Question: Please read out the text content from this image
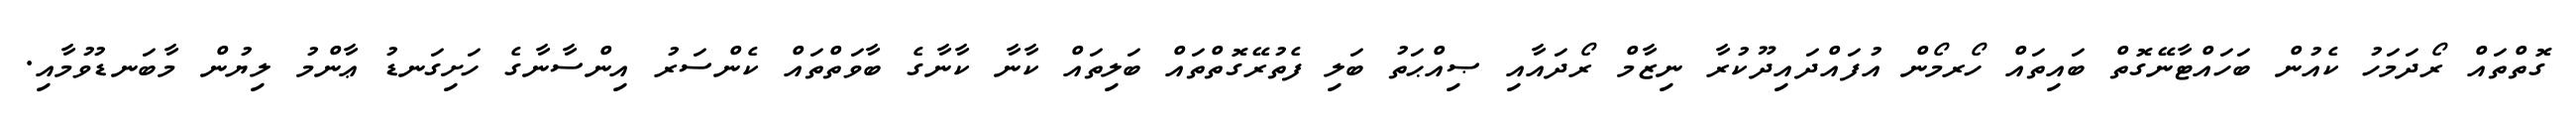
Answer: ގޮތްތައް ރޯދަމަހު ކެއުން ބަހައްޓާނޭގޮތް ބައިތައް ހޯރމޯން އުފައްދައިދޫކުރާ ނިޒާމް ރޯދައާއި ޞިއްޙަތު ބަލި ފެތުރޭގޮތްތައް ބަލިތައް ކާނާ ކާނާގެ ބާވަތްތައް ކެންސަރު އިންސާނާގެ ހަށިގަނޑު ޢާންމު ލިޔުން މާބަނޑުވުމާއި.